Civil Veterinary Department Bengal reports 1933-51 - 1933-1951
Year: 1933
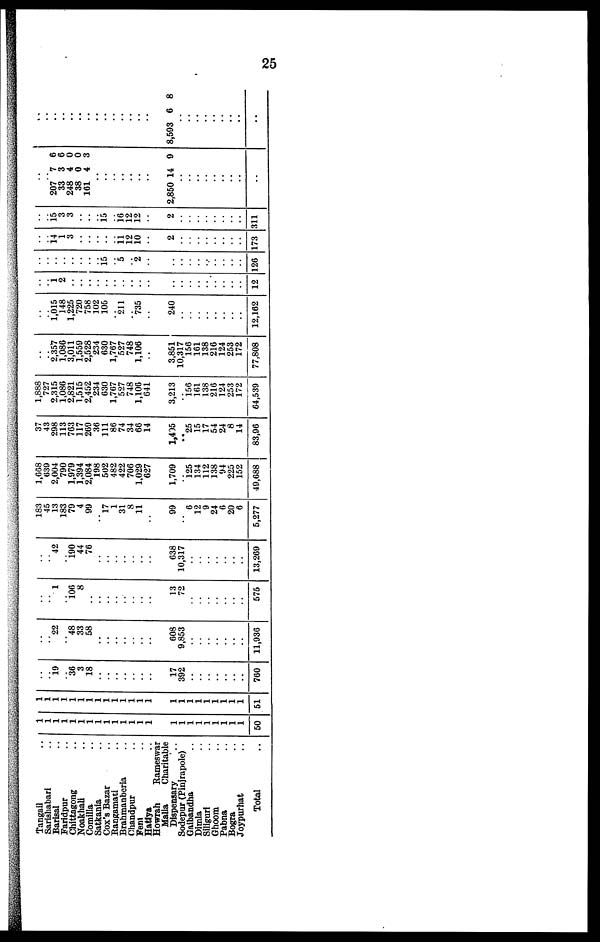
25
Tangail ..
Sarishabari ..
Barisal ..
Faridpur ..
Chittagong ..
Noakhali ..
Comilla ..
Satkania ..
Cox's Bazar ..
Rangamati ..
Brahmanberia ..
Chandpur ..
Feni ..
Hatlya ..
Howrah
Rameswar
Malia
Charitable
Dispensary ..
Sodepur (Pinjrapole)
Gaibandha ..
Dimla ..
Siliguri ..
Ghoom ..
Pabna ..
Bogra ..
Joypurhat ..
Total ..
1
1
1
1
1
1
1
1
1
1
1
1
1
1
1
1
1
1
1
1
1
1
1
50
1
1
1
1
1
1
1
1
1
1
1
1
1
1
1
1
1
1
1
1
1
1
1
51
..
..
19
..
36
3
18
..
..
..
..
..
..
..
17
392
..
..
..
..
..
..
..
760
..
..
22
..
48
33
58
..
..
..
..
..
..
..
608
9,853
..
..
..
..
..
..
..
11,936
..
..
1
..
106
8
..
..
..
..
..
..
..
..
13
72
..
..
..
..
..
..
..
575
..
..
42
..
190
44
76
..
..
..
..
..
..
..
638
10,317
..
..
..
..
..
..
..
13,269
183
45
13
183
79
4
99
.. 17
1
31
8
11
..
99
..
6
12
9
24
6
20
6
5,277
1,668
639
2,004
790
1,979
1,394
2,084
198
502
482
422
706
1,029
627
1,709
.. 125
134
112
138
94
225
152
49,688
37
43
298
113
763
117
269
36
111
86
74
34
66
14
1,405
.. 25
15
17
54
24
8
14
83,96
1,888
727
2,315
1,086
2,821
1,515
2,452
234
630
1,767
527
748
1,106
641
3,213
.. 156
161
138
216
124
253
172
64,539
..
..
2,357
1,086
3,011
1,559
2,528
234
630
1,767
527
748
1,106
..
3,851
10,317
156
161
138
216
124
253
172
77,808
..
..
1,015
148
1,225
720
758
102
105
.. 211
.. 735
..
240
..
..
..
..
..
..
..
..
12,162
..
..
1
2
..
..
..
..
..
.. ..
.. ..
..
..
..
..
..
..
..
..
..
..
12
..
..
..
..
..
..
..
.. 15
.. 5
.. 2
..
..
..
..
..
..
..
..
..
..
126
..
..
14
1
3
..
..
..
..
.. 11
12
10
..
2
..
..
..
..
..
..
..
..
173
..
..
15
3
3
..
..
.. 15
.. 16
12
12
..
2
..
..
..
..
..
..
..
..
311
..
..
207
33
248
38
161
..
..
..
..
..
..
..
2,850
..
..
..
..
..
..
..
..
..
7
3
4
0
4
14
6
6
0
0
3
9
..
..
..
..
..
..
..
..
..
..
..
..
..
..
8,593
..
..
..
..
..
..
..
..
..
6 8